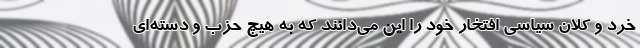
خرد و کلان سیاسی افتخار خود را این می‌دانند که به هیچ حزب و دسته‌ای